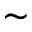
\sim